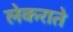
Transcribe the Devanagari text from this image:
लेकराते